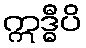
ဣဒ္ဓီပိ